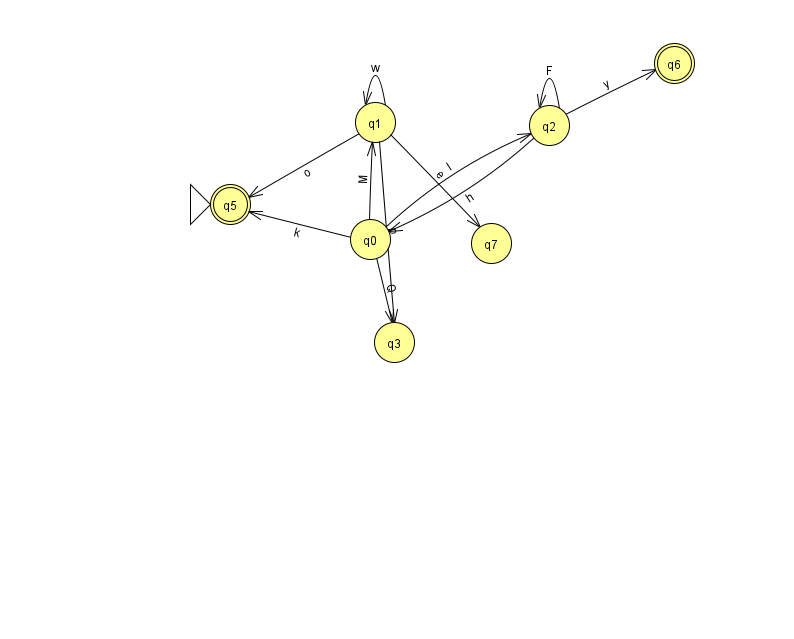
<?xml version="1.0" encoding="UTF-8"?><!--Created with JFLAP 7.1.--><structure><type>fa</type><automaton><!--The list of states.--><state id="0" name="q0"><x>370.0</x><y>226.0</y></state><state id="1" name="q1"><x>375.0</x><y>109.0</y></state><state id="2" name="q2"><x>549.0</x><y>112.0</y></state><state id="3" name="q3"><x>394.0</x><y>329.0</y></state><state id="5" name="q5"><x>230.0</x><y>191.0</y><initial/><final/></state><state id="6" name="q6"><x>674.0</x><y>50.0</y><final/></state><state id="7" name="q7"><x>491.0</x><y>230.0</y></state><!--The list of transitions.--><transition><from>2</from><to>6</to><read>y</read></transition><transition><from>0</from><to>5</to><read>k</read></transition><transition><from>1</from><to>5</to><read>o</read></transition><transition><from>2</from><to>2</to><read>F</read></transition><transition><from>1</from><to>1</to><read>w</read></transition><transition><from>1</from><to>7</to><read>e</read></transition><transition><from>1</from><to>3</to><read>p</read></transition><transition><from>0</from><to>1</to><read>M</read></transition><transition><from>0</from><to>3</to><read>Q</read></transition><transition><from>2</from><to>0</to><read>h</read></transition><transition><from>0</from><to>2</to><read>I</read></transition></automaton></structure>